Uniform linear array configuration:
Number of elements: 24
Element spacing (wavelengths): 1
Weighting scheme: exponential
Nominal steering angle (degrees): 0
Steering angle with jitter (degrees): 0.7723
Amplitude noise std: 0.05
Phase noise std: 0.05

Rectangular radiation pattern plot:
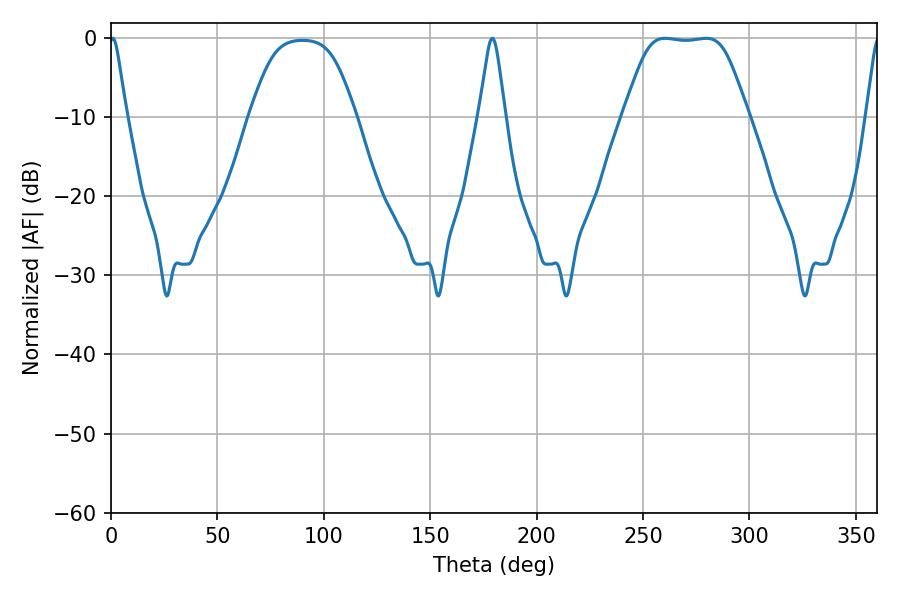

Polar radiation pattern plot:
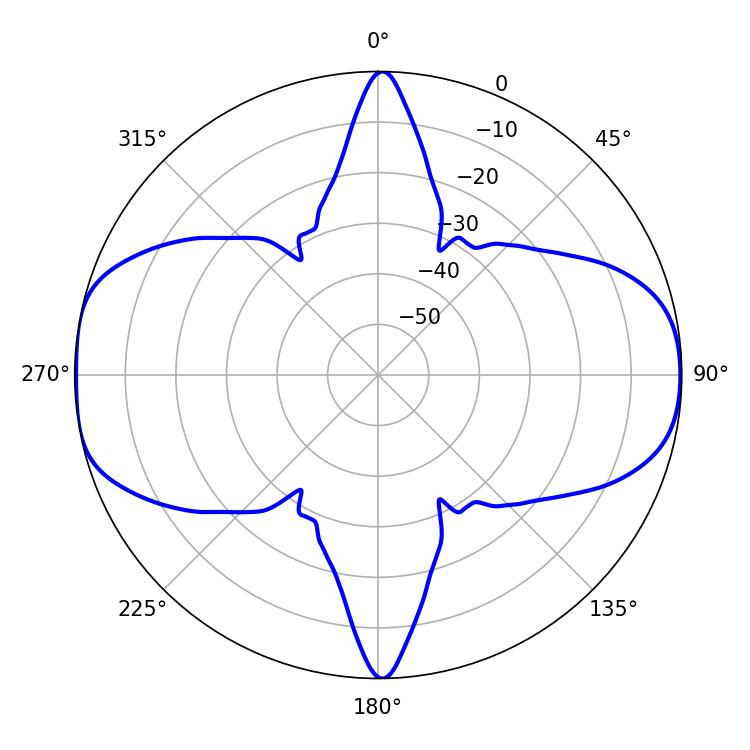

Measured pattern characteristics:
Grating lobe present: TRUE
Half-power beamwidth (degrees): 41.76
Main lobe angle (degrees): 260.28